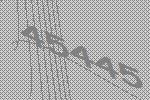
45445